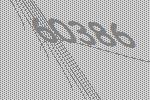
60386